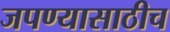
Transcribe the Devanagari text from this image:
जपण्यासाठीच